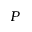
P